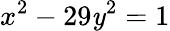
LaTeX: x^{2}-29\mathit{y}^{2}=1